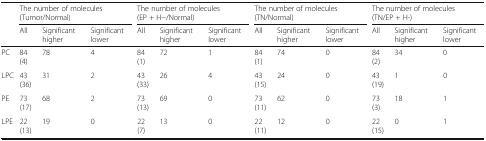
| <ROWSPAN=2>  | <COLSPAN=3> The number of molecules (Tumor/Normal) | <COLSPAN=3> The number of molecules (EP + H−/Normal) | <COLSPAN=3> The number of molecules (TN/Normal) | <COLSPAN=3> The number of molecules (TN/EP + H-) |
 | All | Significant higher | Significant lower | All | Significant higher | Significant lower | All | Significant higher | Significant lower | All | Significant higher | Significant lower |
 | --- | --- | --- | --- | --- | --- | --- | --- | --- | --- | --- | --- | --- |
 | PC | 84 (4) | 78 | 4 | 84 (1) | 72 | 1 | 84 (1) | 74 | 0 | 84 (2) | 34 | 0 |
 | LPC | 43 (36) | 31 | 2 | 43 (33) | 26 | 4 | 43 (15) | 24 | 0 | 43 (19) | 1 | 0 |
 | PE | 73 (17) | 68 | 2 | 73 (13) | 69 | 0 | 73 (11) | 62 | 0 | 73 (3) | 18 | 1 |
 | LPE | 22 (13) | 19 | 0 | 22 (7) | 13 | 0 | 22 (11) | 12 | 0 | 22 (15) | 0 | 1 |